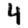
Digit: 4